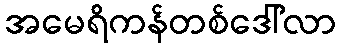
အမေရိကန်တစ်ဒေါ်လာ